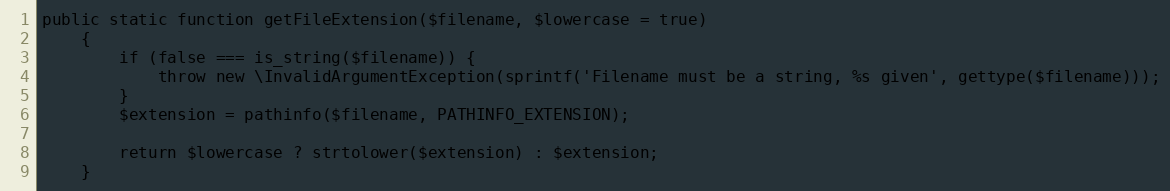
Language: PHP
public static function getFileExtension($filename, $lowercase = true)
    {
        if (false === is_string($filename)) {
            throw new \InvalidArgumentException(sprintf('Filename must be a string, %s given', gettype($filename)));
        }
        $extension = pathinfo($filename, PATHINFO_EXTENSION);

        return $lowercase ? strtolower($extension) : $extension;
    }